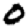
Digit: 0